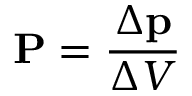
\mathbf { P } = { \frac { \Delta \mathbf { p } } { \Delta V } }